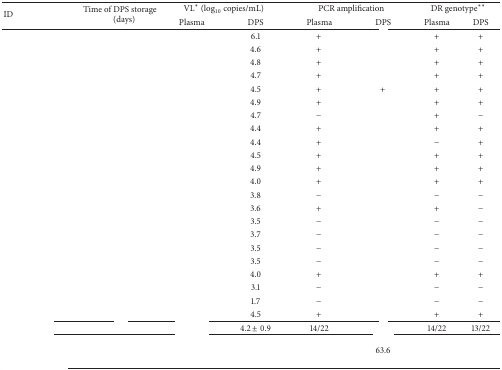
<table><thead><tr><td rowspan="2"><b>ID</b></td><td rowspan="2"><b>Time of DPS storage (days)</b></td><td colspan="2"><b>VL<sup><i>∗</i></sup> (log<sub>10</sub> copies/mL) </b></td><td colspan="2"><b>PCR amplification</b></td><td colspan="2"><b> DR genotype<sup><i>∗∗</i></sup> </b></td></tr><tr><td><b>Plasma </b></td><td><b>DPS</b></td><td><b>Plasma </b></td><td><b>DPS</b></td><td><b>Plasma </b></td><td><b>DPS</b></td></tr></thead><tbody><tr><td>[EMPTY_CELL]</td><td>[EMPTY_CELL]</td><td>[EMPTY_CELL]</td><td>6.1</td><td>+</td><td>[EMPTY_CELL]</td><td>+</td><td>+</td></tr><tr><td>[EMPTY_CELL]</td><td>[EMPTY_CELL]</td><td>[EMPTY_CELL]</td><td>4.6</td><td>+</td><td>[EMPTY_CELL]</td><td>+</td><td>+</td></tr><tr><td>[EMPTY_CELL]</td><td>[EMPTY_CELL]</td><td>[EMPTY_CELL]</td><td>4.8</td><td>+</td><td>[EMPTY_CELL]</td><td>+</td><td>+</td></tr><tr><td>[EMPTY_CELL]</td><td>[EMPTY_CELL]</td><td>[EMPTY_CELL]</td><td>4.7</td><td>+</td><td>[EMPTY_CELL]</td><td>+</td><td>+</td></tr><tr><td>[EMPTY_CELL]</td><td>[EMPTY_CELL]</td><td>[EMPTY_CELL]</td><td>4.5</td><td>+</td><td>+</td><td>+</td><td>+</td></tr><tr><td>[EMPTY_CELL]</td><td>[EMPTY_CELL]</td><td>[EMPTY_CELL]</td><td>4.9</td><td>+</td><td>[EMPTY_CELL]</td><td>+</td><td>+</td></tr><tr><td>[EMPTY_CELL]</td><td>[EMPTY_CELL]</td><td>[EMPTY_CELL]</td><td>4.7</td><td>−</td><td>[EMPTY_CELL]</td><td>+</td><td>−</td></tr><tr><td>[EMPTY_CELL]</td><td>[EMPTY_CELL]</td><td>[EMPTY_CELL]</td><td>4.4</td><td>+</td><td>[EMPTY_CELL]</td><td>+</td><td>+</td></tr><tr><td>[EMPTY_CELL]</td><td>[EMPTY_CELL]</td><td>[EMPTY_CELL]</td><td>4.4</td><td>+</td><td>[EMPTY_CELL]</td><td>−</td><td>+</td></tr><tr><td>[EMPTY_CELL]</td><td>[EMPTY_CELL]</td><td>[EMPTY_CELL]</td><td>4.5</td><td>+</td><td>[EMPTY_CELL]</td><td>+</td><td>+</td></tr><tr><td>[EMPTY_CELL]</td><td>[EMPTY_CELL]</td><td>[EMPTY_CELL]</td><td>4.9</td><td>+</td><td>[EMPTY_CELL]</td><td>+</td><td>+</td></tr><tr><td>[EMPTY_CELL]</td><td>[EMPTY_CELL]</td><td>[EMPTY_CELL]</td><td>4.0</td><td>+</td><td>[EMPTY_CELL]</td><td>+</td><td>+</td></tr><tr><td>[EMPTY_CELL]</td><td>[EMPTY_CELL]</td><td>[EMPTY_CELL]</td><td>3.8</td><td>−</td><td>[EMPTY_CELL]</td><td>−</td><td>−</td></tr><tr><td>[EMPTY_CELL]</td><td>[EMPTY_CELL]</td><td>[EMPTY_CELL]</td><td>3.6</td><td>+</td><td>[EMPTY_CELL]</td><td>+</td><td>−</td></tr><tr><td>[EMPTY_CELL]</td><td>[EMPTY_CELL]</td><td>[EMPTY_CELL]</td><td>3.5</td><td>−</td><td>[EMPTY_CELL]</td><td>−</td><td>−</td></tr><tr><td>[EMPTY_CELL]</td><td>[EMPTY_CELL]</td><td>[EMPTY_CELL]</td><td>3.7</td><td>−</td><td>[EMPTY_CELL]</td><td>−</td><td>−</td></tr><tr><td>[EMPTY_CELL]</td><td>[EMPTY_CELL]</td><td>[EMPTY_CELL]</td><td>3.5</td><td>−</td><td>[EMPTY_CELL]</td><td>−</td><td>−</td></tr><tr><td>[EMPTY_CELL]</td><td>[EMPTY_CELL]</td><td>[EMPTY_CELL]</td><td>3.5</td><td>−</td><td>[EMPTY_CELL]</td><td>−</td><td>−</td></tr><tr><td>[EMPTY_CELL]</td><td>[EMPTY_CELL]</td><td>[EMPTY_CELL]</td><td>4.0</td><td>+</td><td>[EMPTY_CELL]</td><td>+</td><td>+</td></tr><tr><td>[EMPTY_CELL]</td><td>[EMPTY_CELL]</td><td>[EMPTY_CELL]</td><td>3.1</td><td>−</td><td>[EMPTY_CELL]</td><td>−</td><td>−</td></tr><tr><td>[EMPTY_CELL]</td><td>[EMPTY_CELL]</td><td>[EMPTY_CELL]</td><td>1.7</td><td>−</td><td>[EMPTY_CELL]</td><td>−</td><td>−</td></tr><tr><td>[EMPTY_CELL]</td><td>[EMPTY_CELL]</td><td>[EMPTY_CELL]</td><td>4.5</td><td>+</td><td>[EMPTY_CELL]</td><td>+</td><td>+</td></tr><tr><td>[EMPTY_CELL]</td><td>[EMPTY_CELL]</td><td>[EMPTY_CELL]</td><td>4.2 ± 0.9</td><td>14/22</td><td>[EMPTY_CELL]</td><td>14/22</td><td>13/22</td></tr><tr><td>[EMPTY_CELL]</td><td>[EMPTY_CELL]</td><td>[EMPTY_CELL]</td><td>[EMPTY_CELL]</td><td colspan="3">63.6</td><td>[EMPTY_CELL]</td></tr></tbody></table>